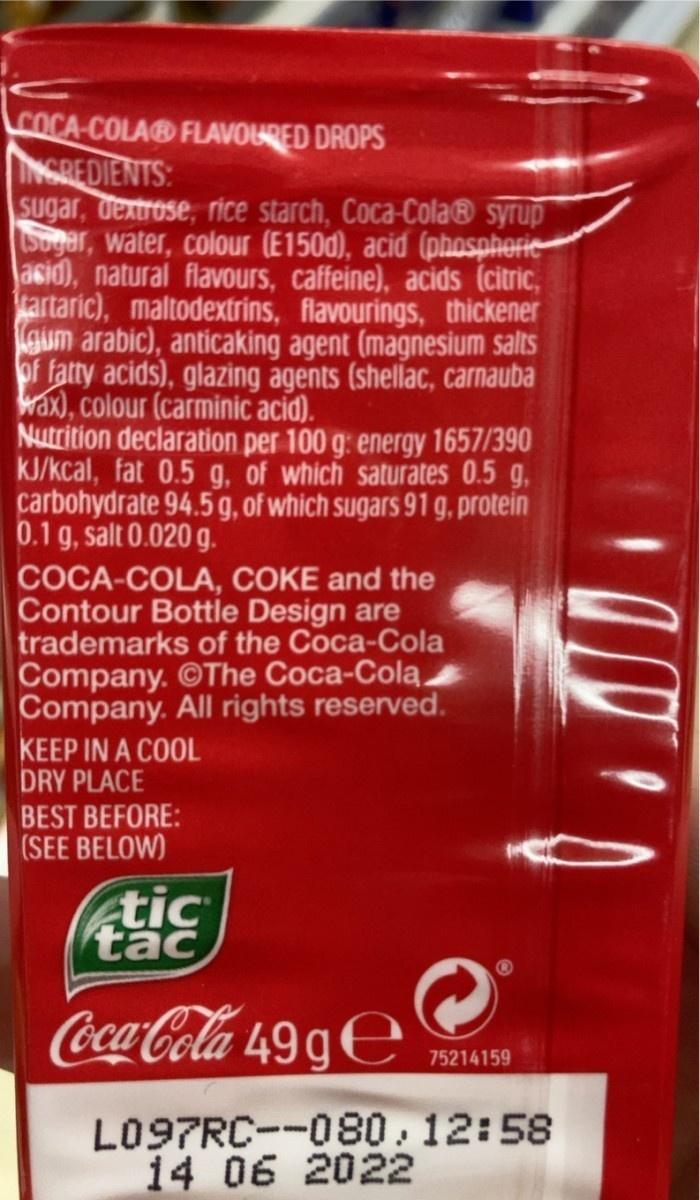
COCA-COLA® FLAVOURED DROPS INGREDIENTS: Sugar, dextrose, rice starch, Coca-Cola® syrup Sogar, water, colour (E150d), acid (phosphorie- asid), natural flavours, caffeine), acids (citric, kartaric), maltodextrins, flavourings, thickener gum arabic), anticaking agent (magnesium salts of fatty acids), glazing agents (shellac, carnauba wax), colour (carminic acid). Nutrition declaration per 100 g: energy 1657/390 KJ/kcal, fat 0.5 g, of which saturates 0.5 g, carbohydrate 94.5 g, of which sugars 91 g, protein 0.1 g, salt 0.020 g.
COCA-COLA, COKE and the Contour Bottle Design are trademarks of the Coca-Cola Company. ©The Coca-Cola, Company. All rights reserved.
KEEP IN A COOL DRY PLACE
BEST BEFORE: (SEE BELOW)
tic tac
Coca-Cola 49 gE
75214159
L097RC--080,12:58 14 06 2022